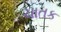
ચાતક